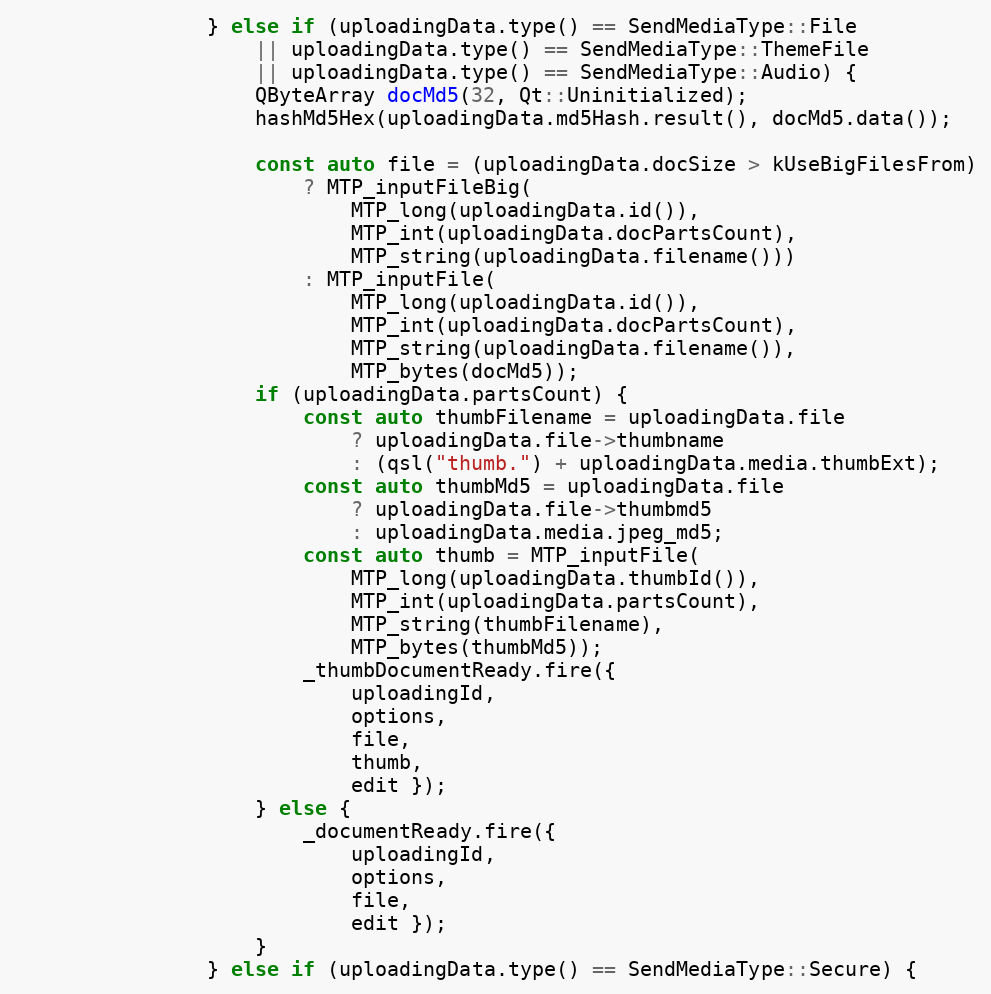
Language: C++
				} else if (uploadingData.type() == SendMediaType::File
					|| uploadingData.type() == SendMediaType::ThemeFile
					|| uploadingData.type() == SendMediaType::Audio) {
					QByteArray docMd5(32, Qt::Uninitialized);
					hashMd5Hex(uploadingData.md5Hash.result(), docMd5.data());

					const auto file = (uploadingData.docSize > kUseBigFilesFrom)
						? MTP_inputFileBig(
							MTP_long(uploadingData.id()),
							MTP_int(uploadingData.docPartsCount),
							MTP_string(uploadingData.filename()))
						: MTP_inputFile(
							MTP_long(uploadingData.id()),
							MTP_int(uploadingData.docPartsCount),
							MTP_string(uploadingData.filename()),
							MTP_bytes(docMd5));
					if (uploadingData.partsCount) {
						const auto thumbFilename = uploadingData.file
							? uploadingData.file->thumbname
							: (qsl("thumb.") + uploadingData.media.thumbExt);
						const auto thumbMd5 = uploadingData.file
							? uploadingData.file->thumbmd5
							: uploadingData.media.jpeg_md5;
						const auto thumb = MTP_inputFile(
							MTP_long(uploadingData.thumbId()),
							MTP_int(uploadingData.partsCount),
							MTP_string(thumbFilename),
							MTP_bytes(thumbMd5));
						_thumbDocumentReady.fire({
							uploadingId,
							options,
							file,
							thumb,
							edit });
					} else {
						_documentReady.fire({
							uploadingId,
							options,
							file,
							edit });
					}
				} else if (uploadingData.type() == SendMediaType::Secure) {